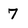
Character: 7